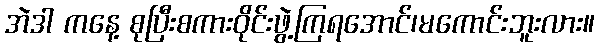
အဲဒါ ကနေ့ စုပြီးစကားဝိုင်းဖွဲ့ကြရအောင်၊မကောင်းဘူးလား။